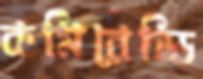
কমিরেড্ডি